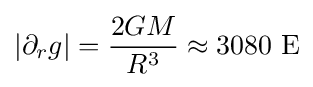
|\partial _{r}g|={\frac {2GM}{R^{3}}}\approx 3080~\mathrm {E}